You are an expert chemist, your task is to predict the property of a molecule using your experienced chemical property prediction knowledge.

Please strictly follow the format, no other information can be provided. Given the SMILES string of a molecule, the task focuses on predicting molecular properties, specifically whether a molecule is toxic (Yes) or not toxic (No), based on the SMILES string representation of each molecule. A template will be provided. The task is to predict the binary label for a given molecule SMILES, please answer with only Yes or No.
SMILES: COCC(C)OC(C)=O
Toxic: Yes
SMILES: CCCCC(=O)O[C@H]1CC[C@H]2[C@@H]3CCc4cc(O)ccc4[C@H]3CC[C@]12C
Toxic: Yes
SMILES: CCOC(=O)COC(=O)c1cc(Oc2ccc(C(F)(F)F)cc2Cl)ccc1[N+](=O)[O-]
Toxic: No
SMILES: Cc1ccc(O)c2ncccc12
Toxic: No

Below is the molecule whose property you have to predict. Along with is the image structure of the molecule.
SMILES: N=C(N)NCCC[C@H](N)C(=O)O
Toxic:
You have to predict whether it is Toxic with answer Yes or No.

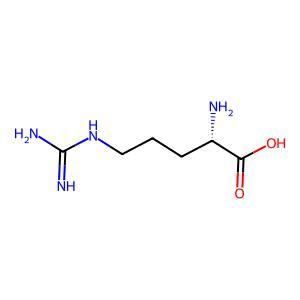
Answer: No